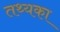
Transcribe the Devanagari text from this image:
तथ्यका